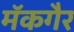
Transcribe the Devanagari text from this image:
मॅकगैर